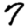
Digit: 7